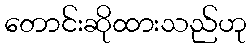
တောင်းဆိုထားသည်ဟု